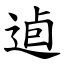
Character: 逌